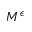
M ^ { \epsilon }